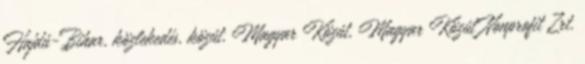
Hajdú-Bihar, közlekedés, közút, Magyar Közút, Magyar Közút Nonprofit Zrt.